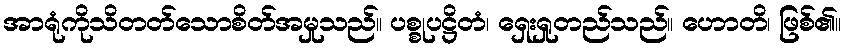
အာရုံကိုသိတတ်သောစိတ်အမှုသည်။ ပစ္စုပဋ္ဌိတံ၊ ရှေးရှုတည်သည်။ ဟောတိ၊ ဖြစ်၏။